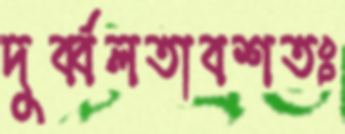
দুর্ব্বলতাবশতঃ